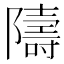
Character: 隯